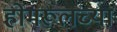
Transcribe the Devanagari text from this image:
होमरूलच्या